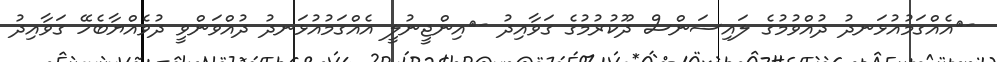
-	އެއްގަމުއުޅަނދު ދުއްވުމުގެ ލައިސަންސް ދޫކުރުމުގެ ގަވާއިދު -	އިންޖީނުލީ އެއްގަމުއުޅަނދު ދުއްވަންވީ ދުވެއްޔާބެހޭ ގަވާއިދު